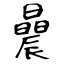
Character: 曟